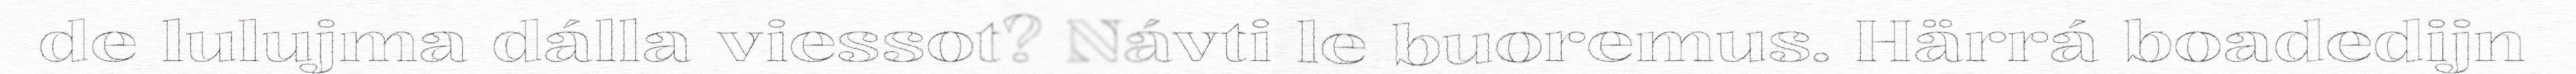
de lulujma dálla viessot? Návti le buoremus. Härrá boadedijn